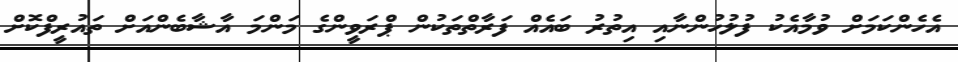
އެހެންކަމަށް ވުމާއެކު ފުލުހުންނާއި އިތުރު ބައެއް ފަރާތްތަކުން ޕްރަވީންގެ މަންމަ އާޝާބެންއަށް ތައުރީފްކޮށް